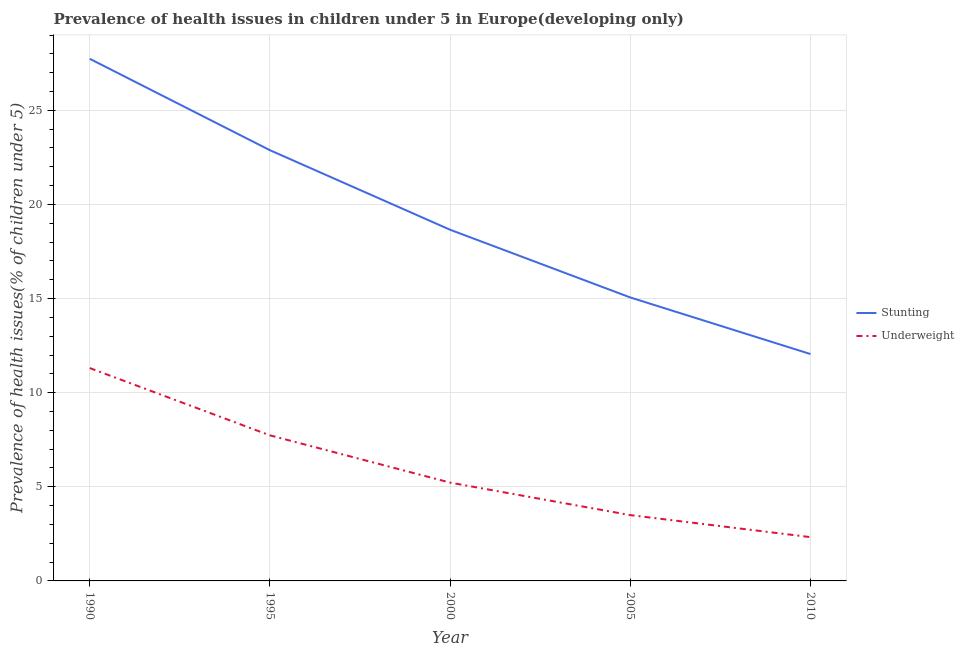
| Year | Stunting | Underweight |
 | --- | --- | --- |
 | 1990 | 27.7 | 11.3 |
 | 1995 | 22.9 | 7.73 |
 | 2000 | 18.7 | 5.22 |
 | 2005 | 15.1 | 3.5 |
 | 2010 | 12.1 | 2.33 |